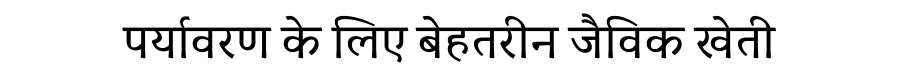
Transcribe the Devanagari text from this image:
पर्यावरण के लिए बेहतरीन जैविक खेती